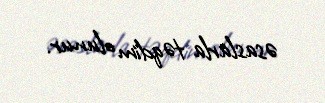
əsaslarla təqdim olunur.